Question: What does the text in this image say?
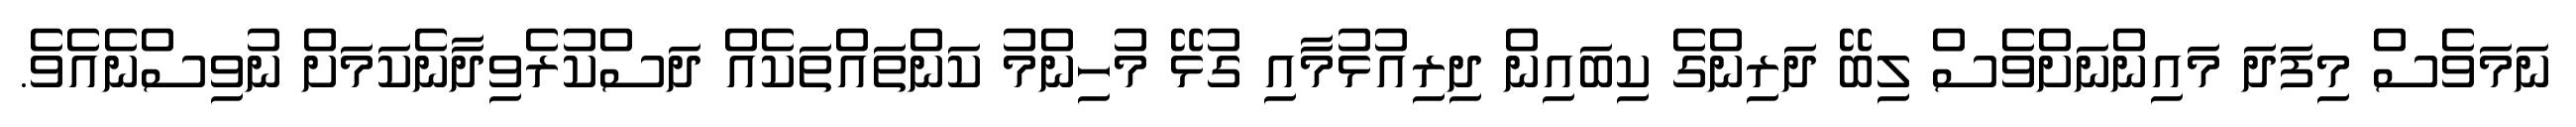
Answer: ނަމަވެސް މިފަދަ މައިންނަށްވެސް ލިބޭ ދަރިންގެ ކިބައިން ދިރިއުޅުމާއި ގުޅޭ މުހިންމު ކަންތައްތަކެއް ދަސްކުރެވިދާނެކަމަށް ނުވިސްނެއެވެ.